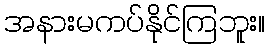
အနားမကပ်နိုင်ကြဘူး။